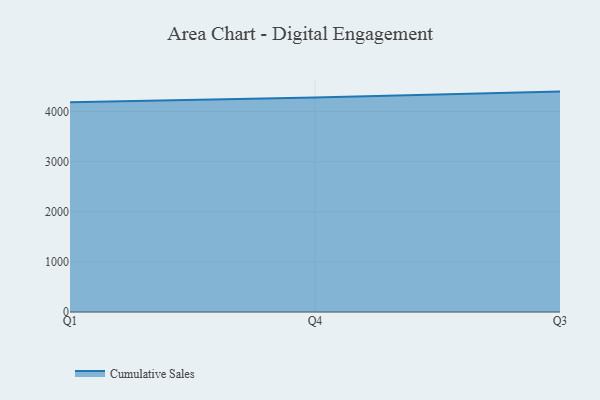
{"axis": {"x": "Quarter", "y": "Waste Production (Tons)"}, "legend": ["Cumulative Sales"], "data": [{"x": "Q1", "y": 4184.2, "type": "Cumulative Sales"}, {"x": "Q4", "y": 4281.6, "type": "Cumulative Sales"}, {"x": "Q3", "y": 4397.8, "type": "Cumulative Sales"}]}